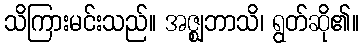
သိကြားမင်းသည်။ အဇ္ဈဘာသိ၊ ရွတ်ဆို၏။